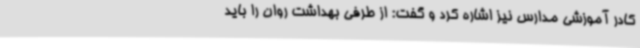
کادر آموزشی مدارس نیز اشاره کرد و گفت: از طرفی بهداشت روان را باید